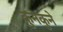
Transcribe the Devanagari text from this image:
कुनकुने